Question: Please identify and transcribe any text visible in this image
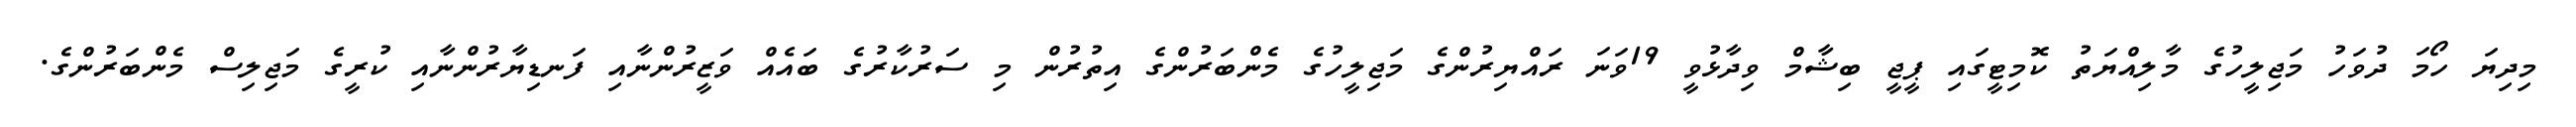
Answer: މިދިޔަ ހޯމަ ދުވަހު މަޖިލީހުގެ މާލިއްޔަތު ކޮމިޓީގައި ޕީޖީ ބިޝާމް ވިދާޅުވީ 19ވަނަ ރައްޔިރުންގެ މަޖިލީހުގެ މެންބަރުންގެ އިތުރުން މި ސަރުކާރުގެ ބައެއް ވަޒީރުންނާއި ފަނޑިޔާރުންނާއި ކުރީގެ މަޖިލިސް މެންބަރުންގެ.